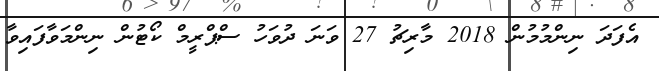
އެފަދަ ނިންމުމުން 2018 މާރިޗު 27 ވަނަ ދުވަހު ސްޕްރީމް ކޯޓުން ނިންމަވާފައިވާ